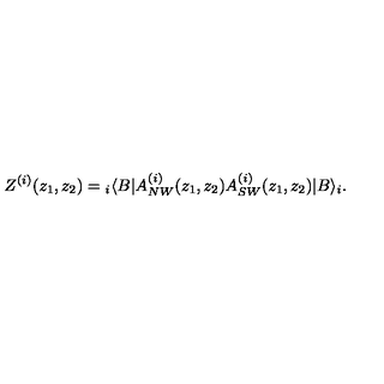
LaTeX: Z ^ { ( i ) } ( z _ { 1 } , z _ { 2 } ) = { } _ { i } \langle B | A _ { N W } ^ { ( i ) } ( z _ { 1 } , z _ { 2 } ) A _ { S W } ^ { ( i ) } ( z _ { 1 } , z _ { 2 } ) | B \rangle _ { i } .